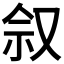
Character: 𪠩